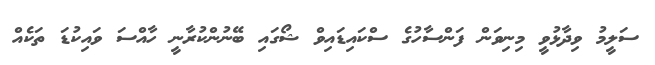
ސަލީމު ވިދާޅުވީ މިނިވަން ފަންސާހުގެ ސްކައިޑައިވް ޝޯގައި ބޭނުންކުރާނީ ހާއްސަ ވައިކުޑަ ތަކެއް